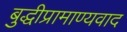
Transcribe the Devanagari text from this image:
बुद्धीप्रामाण्यवाद